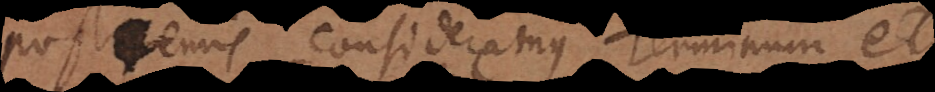
postremis, consideremus Terminum et